Document type: Emphyteutic lease
Year: 1281
Scribe: Pere Marquès
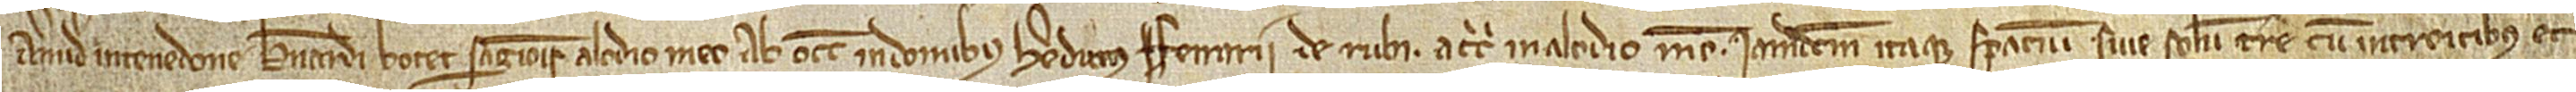
a meridie in tenedone Bernardi Botet, sagionis, alodio meo; ab occidente in domibus heredum Ferrarii de Rubi; a circio in alodio meo. Iamdictum itaque spacium sive solum terre, cum introitibus et